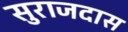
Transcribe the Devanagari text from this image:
सुराजदास